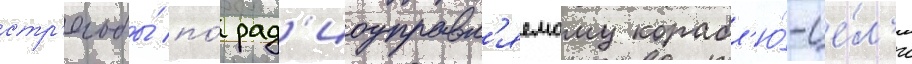
стр'ельбы́ по́ рад'иоуправл'яемому корабл'ю́-це́л'и